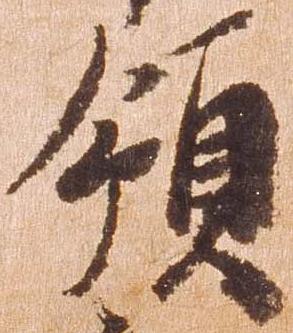
領